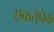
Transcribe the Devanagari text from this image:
एकतेपेक